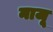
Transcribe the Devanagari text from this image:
नाजू